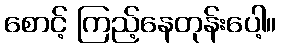
စောင့် ကြည့်နေတုန်းပေါ့။